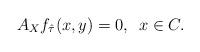
LaTeX: \begin{align*}A_Xf_{\hat\tau}(x,y)=0, \enskip x\in C.\end{align*}